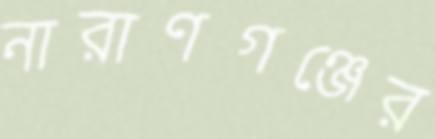
নারাণগঞ্জের